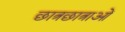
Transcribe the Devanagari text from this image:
छात्रछात्राओं